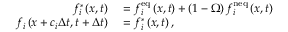
\begin{array} { r l } { f _ { i } ^ { * } \left( \boldsymbol { x } , t \right) } & { { } = f _ { i } ^ { \mathrm { e q } } \left( \boldsymbol { x } , t \right) + \left( 1 - \Omega \right) f _ { i } ^ { \mathrm { n e q } } \left( \boldsymbol { x } , t \right) } \\ { f _ { i } \left( \boldsymbol { x } + \boldsymbol { c } _ { i } \Delta t , t + \Delta t \right) } & { { } = f _ { i } ^ { * } \left( \boldsymbol { x } , t \right) , } \end{array}